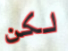
لكن